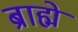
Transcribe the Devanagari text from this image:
ब्राह्मे